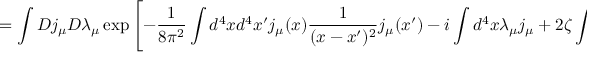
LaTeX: = \int D j _ { \mu } D \lambda _ { \mu } \exp \left[ - \frac { 1 } { 8 \pi ^ { 2 } } \int d ^ { 4 } x d ^ { 4 } x ^ { \prime } j _ { \mu } ( x ) \frac { 1 } { ( x - x ^ { \prime } ) ^ { 2 } } j _ { \mu } ( x ^ { \prime } ) - i \int d ^ { 4 } x \lambda _ { \mu } j _ { \mu } + 2 \zeta \int d ^ { 4 } x \cos \left( \frac { \left| \lambda _ { \mu } \right| } { \Lambda } \right) \right] ,